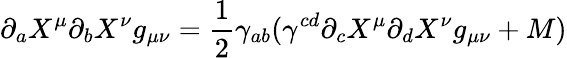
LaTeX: \partial_{a}X^{\mu}\partial_{b}X^{\nu}g_{\mu\nu}=\frac{1}{2}\gamma_{ab}(\gamma^{cd}\partial_{c}X^{\mu}\partial_{d}X^{\nu}g_{\mu\nu}+M)